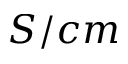
S / c m